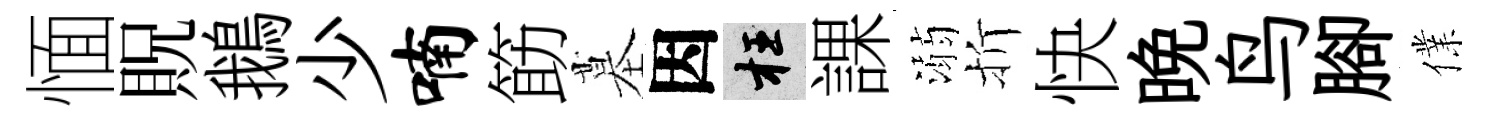
愐貺鵝少喃筯墓因枉課溺折快晚鸟腳㒒